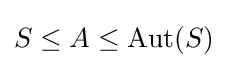
S\leq A\leq \operatorname {Aut} (S)